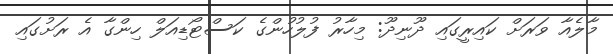
މާލެއާ ވަރަށް ކައިރީގައި ދޫނިދޫ: މިހާރު ފުލުހުންގެ ކަސްޓޯޑިއަލް ހިންގާ އެ ރަށުގައި